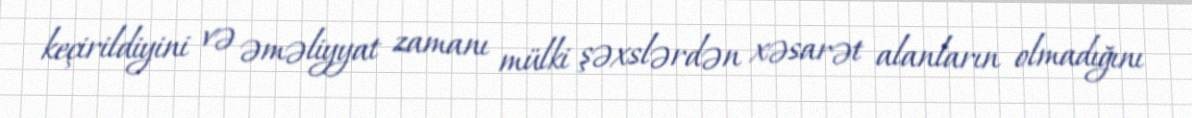
keçirildiyini və əməliyyat zamanı mülki şəxslərdən xəsarət alanların olmadığını